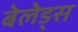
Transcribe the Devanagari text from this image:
बेलेड्स